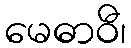
မေဓာဝီ၊